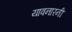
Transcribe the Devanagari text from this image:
यावनारनी